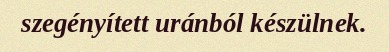
szegényített uránból készülnek.